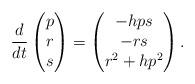
LaTeX: \begin{align*}\frac{d}{dt} \begin{pmatrix} p \\ r \\ s \end{pmatrix} = \begin{pmatrix} -h ps \\ - rs \\ r^2 +h p^2\end{pmatrix}.\end{align*}